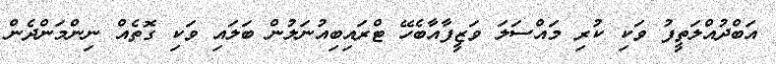
އަބްދުއްލަތީފު ވަކި ކުރި މައްސަލަ ވަޒީފާއާބެހޭ ޓްރައިބިއުނަލުން ބަލައި ވަކި ގޮތެއް ނިންމަންދެން